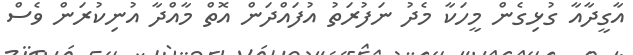
އާގީދާއާ ގުޅިގެން މީހަކާ މެދު ނަފުރަތު އުފައްދަން އޮތް މާއްދާ އުނިކުރަން ވެސް